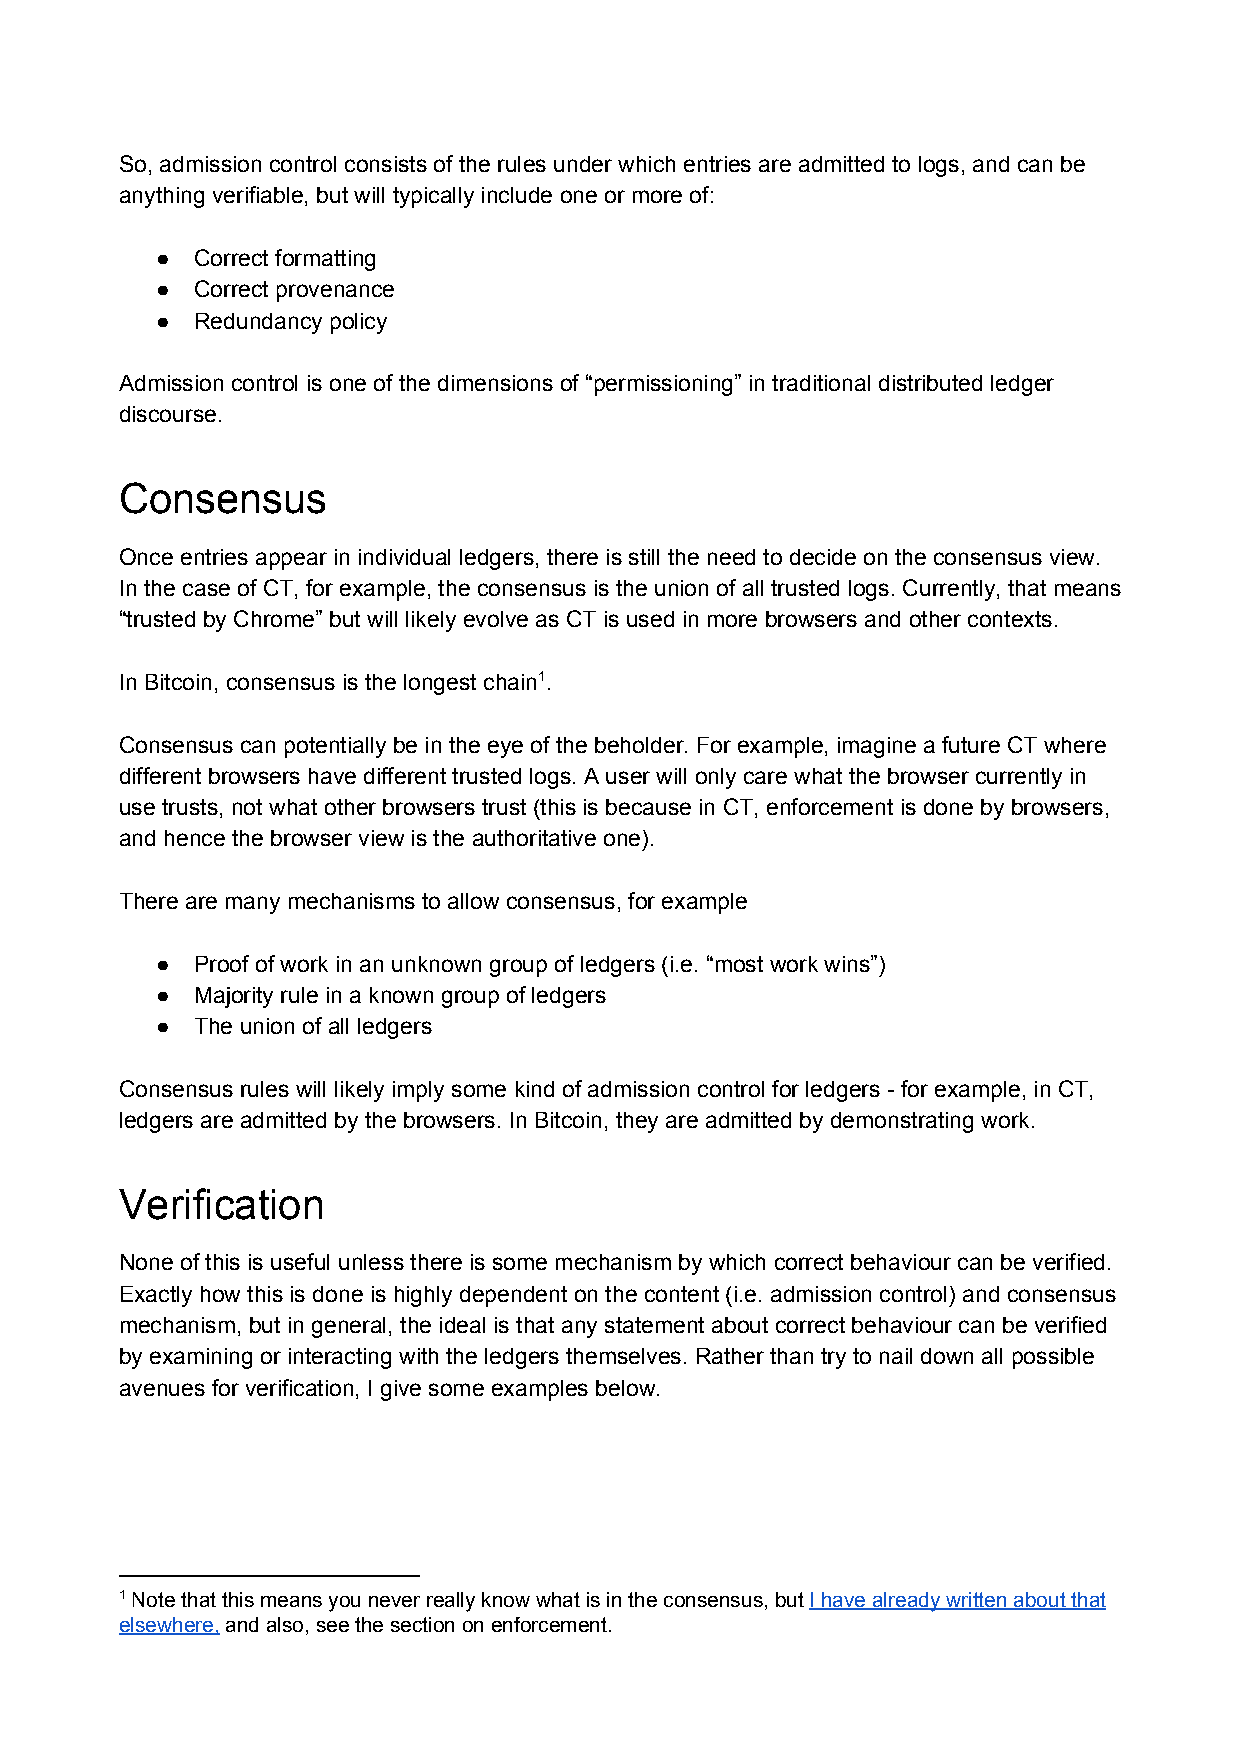
So, admission control consists of the rules under which entries are admitted to logs, and can be
 anything verifiable, but will typically include one or more of:
 ●  Correct formatting
 ●  Correct provenance
 ●  Redundancy policy
 Admission control is one of the dimensions of “permissioning” in traditional distributed ledger
 discourse.
 Consensus
 Once entries appear in individual ledgers, there is still the need to decide on the consensus view.
 In the case of CT, for example, the consensus is the union of all trusted logs. Currently, that means
 “trusted by Chrome” but will likely evolve as CT is used in more browsers and other contexts.
 In Bitcoin, consensus is the longest chain1.
 Consensus can potentially be in the eye of the beholder. For example, imagine a future CT where
 different browsers have different trusted logs. A user will only care what the browser currently in
 use trusts, not what other browsers trust (this is because in CT, enforcement is done by browsers,
 and hence the browser view is the authoritative one).
 There are many mechanisms to allow consensus, for example
 ●  Proof of work in an unknown group of ledgers (i.e. “most work wins”)
 ●  Majority rule in a known group of ledgers
 ●  The union of all ledgers
 Consensus rules will likely imply some kind of admission control for ledgers - for example, in CT,
 ledgers are admitted by the browsers. In Bitcoin, they are admitted by demonstrating work.
 Verification
 None of this is useful unless there is some mechanism by which correct behaviour can be verified.
 Exactly how this is done is highly dependent on the content (i.e. admission control) and consensus
 mechanism, but in general, the ideal is that any statement about correct behaviour can be verified
 by examining or interacting with the ledgers themselves. Rather than try to nail down all possible
 avenues for verification, I give some examples below.
 1 Note that this means you never really know what is in the consensus, but I have already written about that
 ​
 elsewhere, and also, see the section on enforcement.
 ​